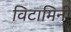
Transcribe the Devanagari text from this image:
विटामिनी